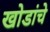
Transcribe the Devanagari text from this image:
खोडांचे